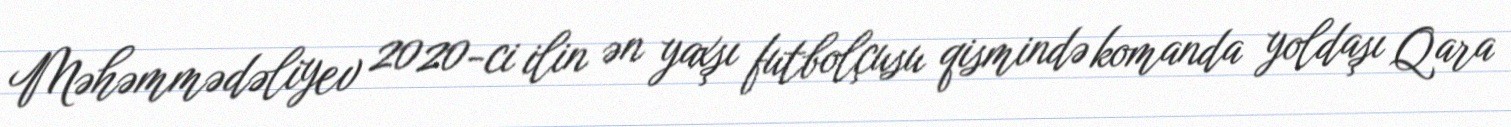
Məhəmmədəliyev 2020-ci ilin ən yaxşı futbolçusu qismində komanda yoldaşı Qara